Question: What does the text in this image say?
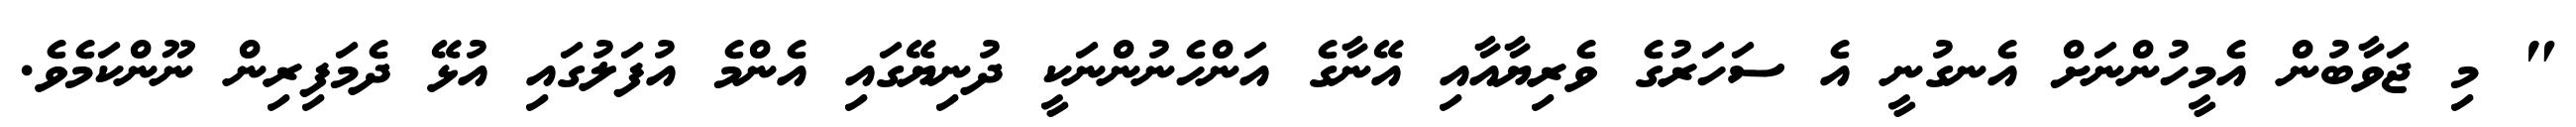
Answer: " މި ޖަވާބުން އެމީހުންނަށް އެނގުނީ އެ ސަހަރުގެ ވެރިޔާއާއި އޭނާގެ އަންހެނުންނަކީ ދުނިޔޭގައި އެންމެ އުފަލުގައި އުޅޭ ދެމަފިރިން ނޫންކަމެވެ.